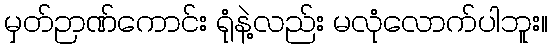
မှတ်ဉာဏ်ကောင်း ရုံနဲ့လည်း မလုံလောက်ပါဘူး။